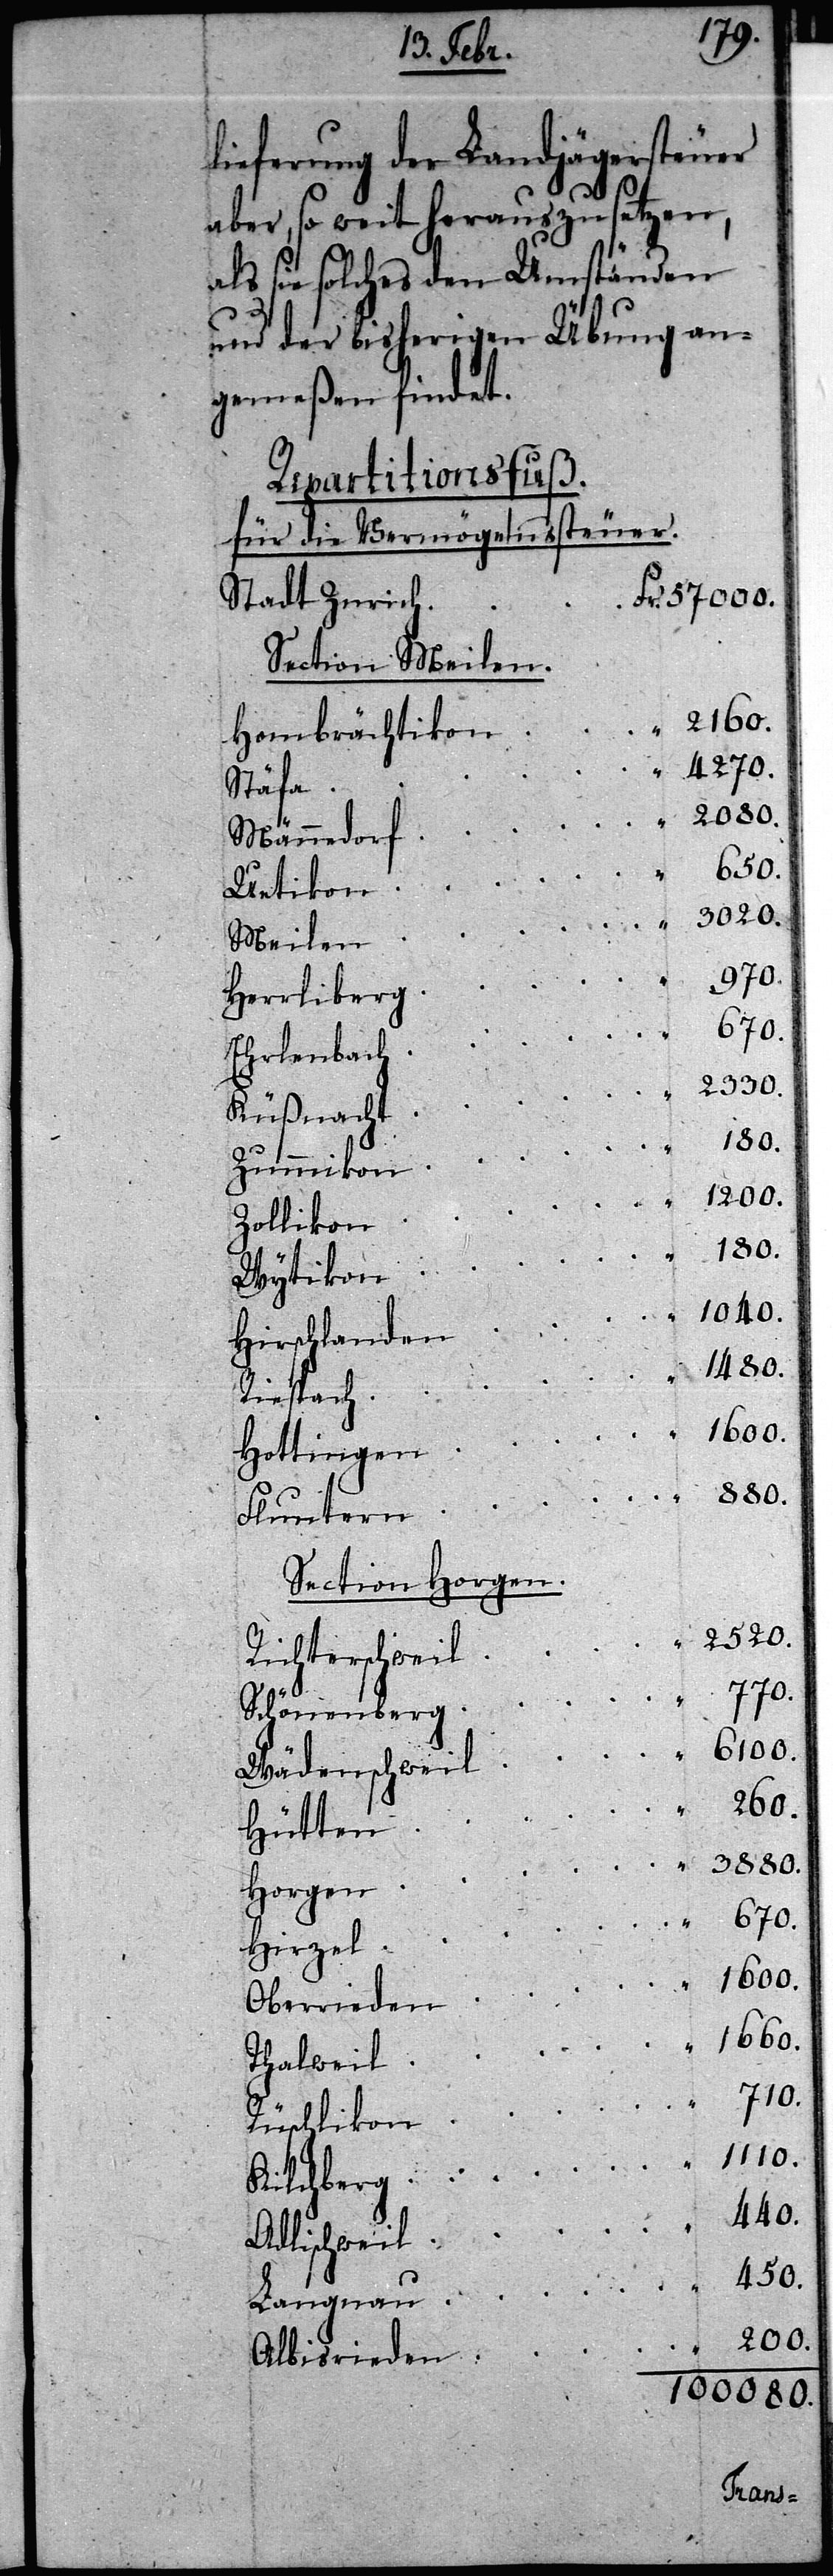
710.
lieferung der Landjägersteuer
aber, so weit herauszusetzen,
als sie solches den Umständen
und der bisherigen Übung an¬
gemeßen findet.
Repartitionsfuß.
für die Vermögenssteuer
57000.
Stadt Zurich
Section Meilen.
260.
Hombrächtikon
4270.
Stäfa
Männedorf
880.
Uetikon
Meilen
770.
3020.
Herrliberg
670.
Schöenenberg
Ehrlenbach
2330.
3880.
Küßnacht
180.
Zummikon
Zollikon
180.
Langnau
Wytikon
1480.
Richt¬
Riespach
Hottingen
Fluntern
Section Horgen.
Hütten
Horgen
Hirzel
Oberrieden
1110.
Thalweil
440.
Adlischweil
450.
200.
Albisrieden
100080.